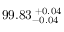
9 9 . 8 3 _ { - 0 . 0 4 } ^ { ~ \! + 0 . 0 4 }